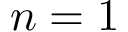
n = 1